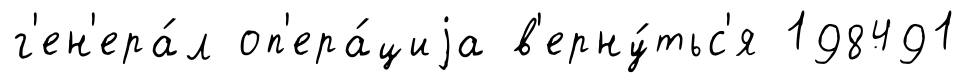
г'ен'ера́л оп'ера́циjа в'ерну́тьс'я 198491